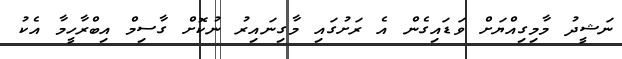
ނަޝީދު މާމިގިއްޔަށް ވަޑައިގެން އެ ރަށުގައި މާގިނައިރު ނުކޮށް ގާސިމް އިބްރާހީމާ އެކު